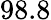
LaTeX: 98.8